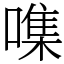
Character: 㗱